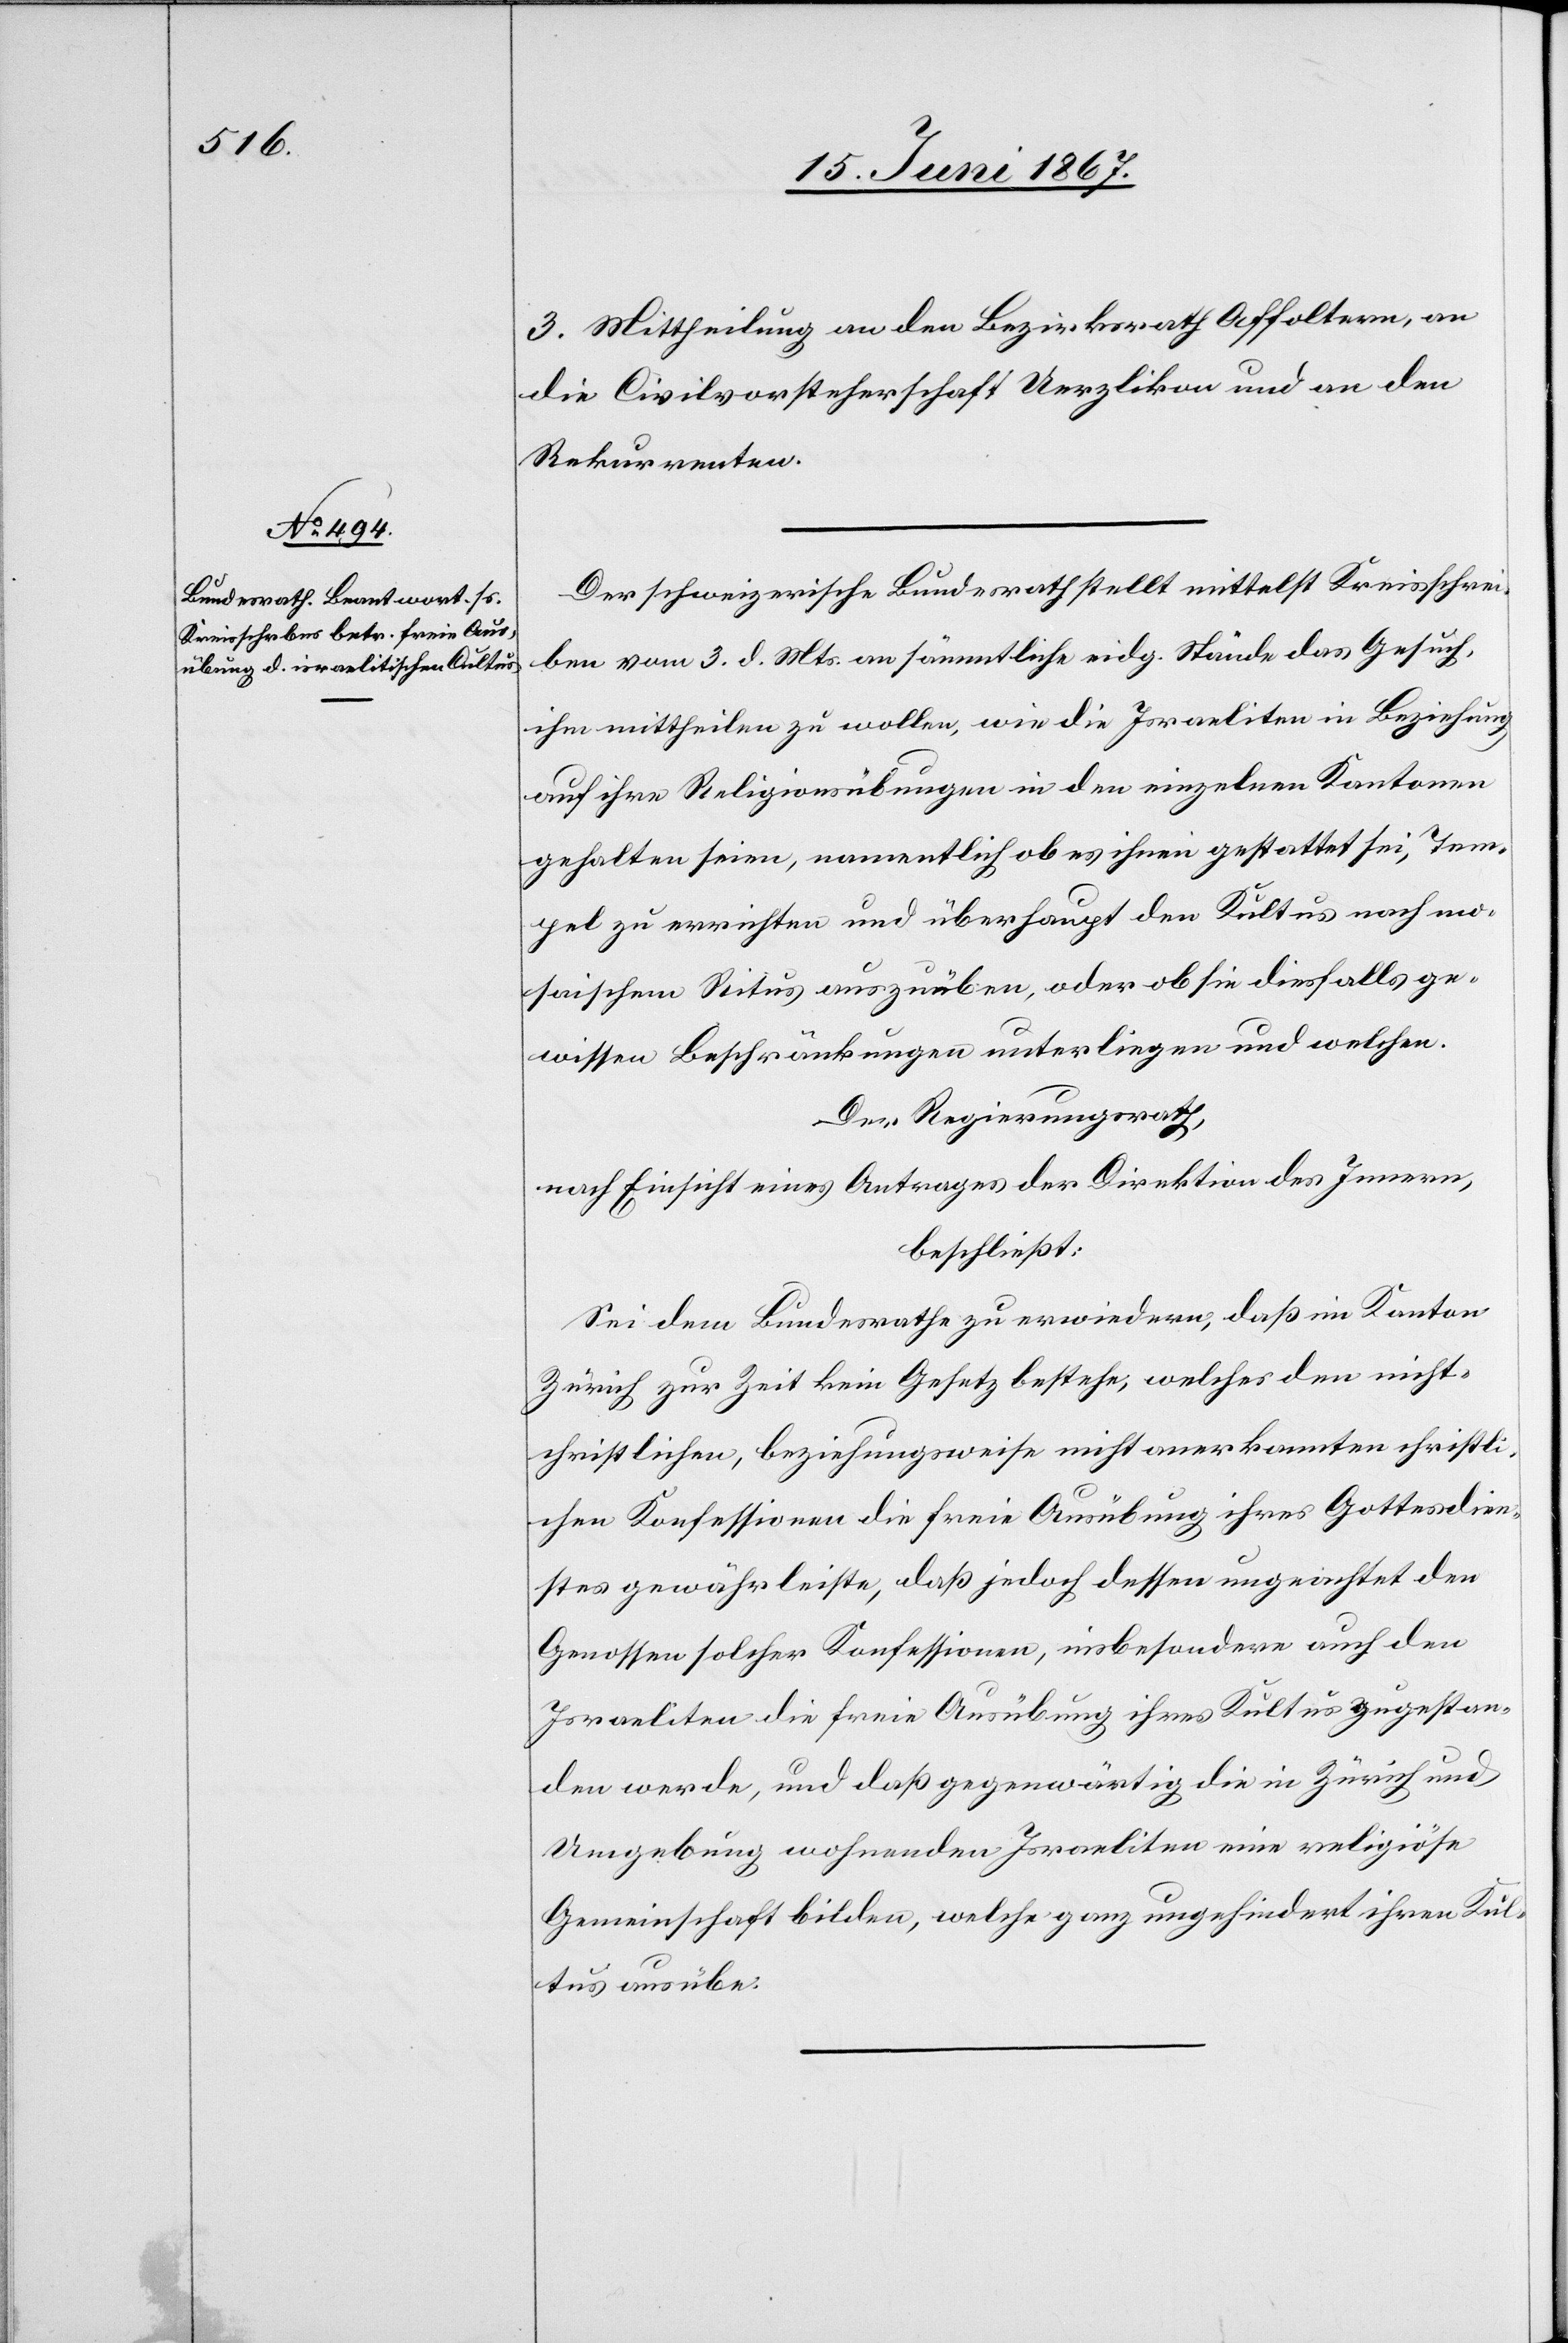
3. Mittheilung an den Bezirksrath Affoltern, an
die Civilvorsteherschaft Uerzlikon und an den
Rekurrenten.
Der schweizerische Bundesrath stellt mittelst Kreisschrei¬
ben vom 3. d. Mts. an sämmtliche eidg. Stände das Gesuch,
ihm mittheilen zu wollen, wie die Israeliten in Beziehung
auf ihre Religionsausübung in den einzelnen Kantonen
gehalten seien, namentlich ob es ihnen gestattet sei, Tem¬
pel zu errichten und überhaupt den Kultus nach mo¬
saischem Ritus auszuüben, oder ob sie diesfalls ge¬
wissen Beschränkungen unterliegen und welchen.
Der Regierungsrath,
nach Einsicht eines Antrages der Direktion des Innern,
beschließt:
Sei dem Bundesrathe zu erwiedern, daß im Kanton
Zürich zur Zeit kein Gesetz bestehe, welches den nicht¬
christlichen, beziehungsweise nicht anerkannten christli¬
chen Konfessionen die freie Ausübung ihres Gottesdien¬
stes gewährleiste, daß jedoch dessen ungeachtet den
Genossen solcher Konfessionen, insbesondere auch den
Israeliten die freie Ausübung ihres Kultus zugestan¬
den werde, und daß gegenwärtig die in Zürich und
Umgebung wohnenden Israeliten eine religiöse
Gemeinschaft bilden, welche ganz ungehindert ihren Kul¬
tus ausübe.